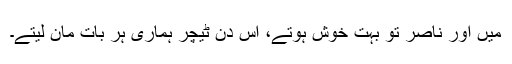
میں اور ناصر تو بہت خوش ہوتے، اس دن ٹیچر ہماری ہر بات مان لیتے۔